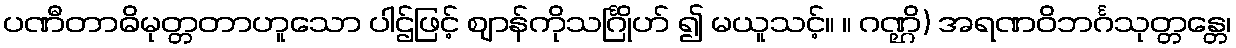
ပဏီတာဓိမုတ္တတာဟူသော ပါဌ်ဖြင့် ဈာန်ကိုသင်္ဂြိုဟ် ၍ မယူသင့်။ ။ ဂဏ္ဌိ) အရဏဝိဘင်္ဂသုတ္တန္တေ၊